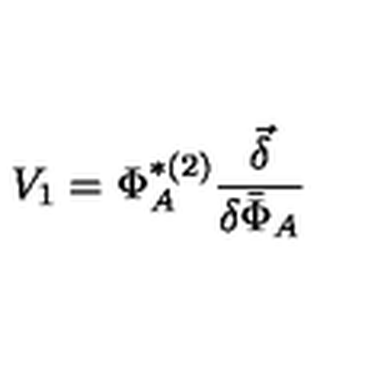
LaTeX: V _ { 1 } = \Phi _ { A } ^ { * ( 2 ) } \frac { \vec { \delta } } { \delta \bar { \Phi } _ { A } }